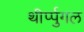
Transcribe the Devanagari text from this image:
थीर्प्पुगल